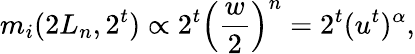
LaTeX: m_{i}(2L_{n},2^{t})\propto 2^{t}\left(\frac{w}{2}\right)^{n}=2^{t}(u^{t})^{\alpha},